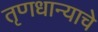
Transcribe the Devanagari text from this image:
तृणधान्याचे